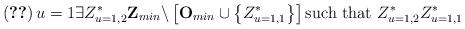
LaTeX: \begin{align*}\left( \ref{claim:dificil}\right) u=1\exists Z_{u=1,2}^{\ast }\mathbf{Z}_{min}\backslash \left[ \mathbf{O}_{min}\cup \left\{ Z_{u=1,1}^{\ast }\right\} \right] \text{such that }Z_{u=1,2}^{\ast }Z_{u=1,1}^{\ast }\end{align*}